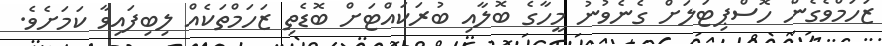
ޒަހަމްވެގެން ހޮސްޕިޓަލަށް ގެނެވުނު މީހާގެ ބޮލާއި ބުރަކައްޓަށް ބޮޑެތި ޒަހަމްތަކެއް ލިބިފައިވާ ކަމަށެވެ.